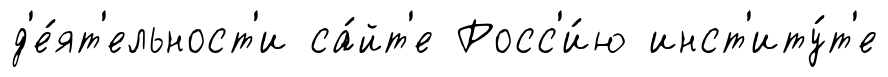
д'е́ят'ельност'и са́йт'е Росс'и́ю инст'иту́т'е